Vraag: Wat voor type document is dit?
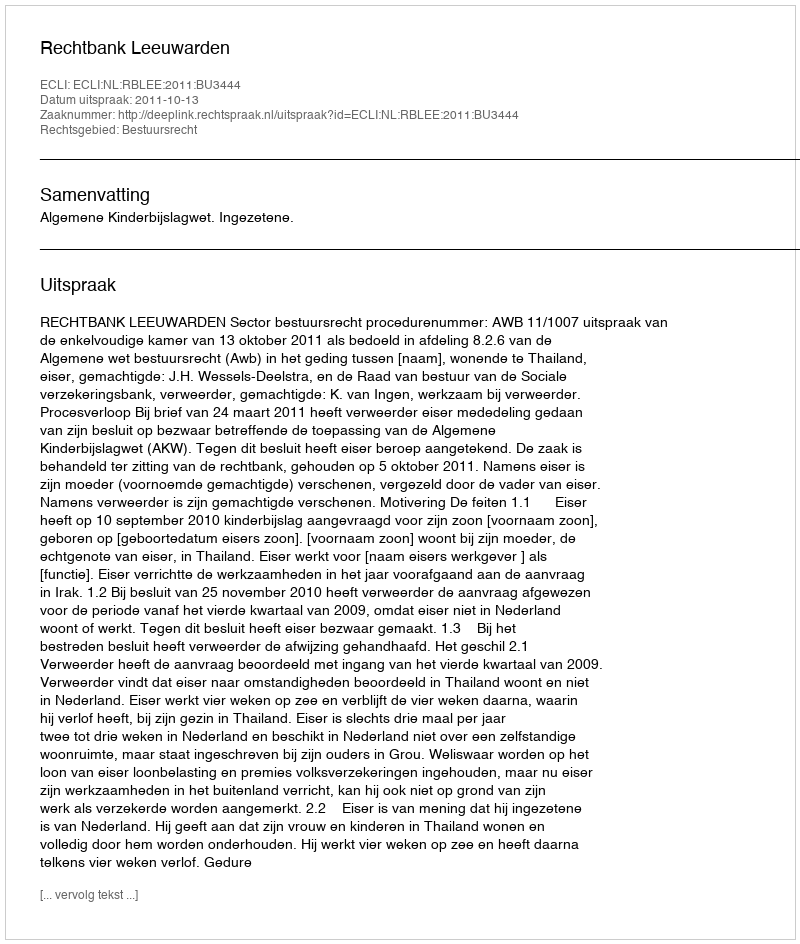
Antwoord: Uitspraak